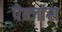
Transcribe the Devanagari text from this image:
पेन्जांस